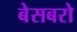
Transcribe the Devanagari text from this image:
बेसबरो